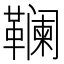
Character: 𱁽